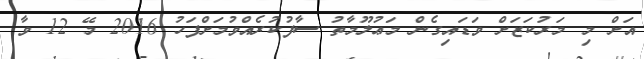
އަށް މި މަރުކަޒަށް ވަޑައިގެން މަޢުލޫމާތު ސާފުކުރެއްވުމަށްފަހު 2016 މޭ 12 ވާ